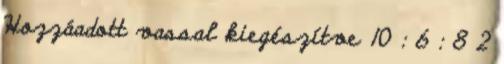
Hozzáadott vassal kiegészítve 10 : 6 : 8 2